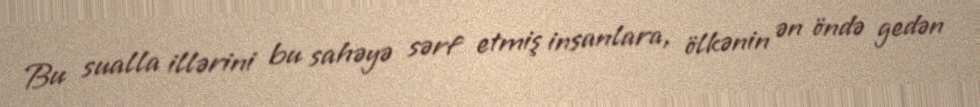
Bu sualla illərini bu sahəyə sərf etmiş insanlara, ölkənin ən öndə gedən